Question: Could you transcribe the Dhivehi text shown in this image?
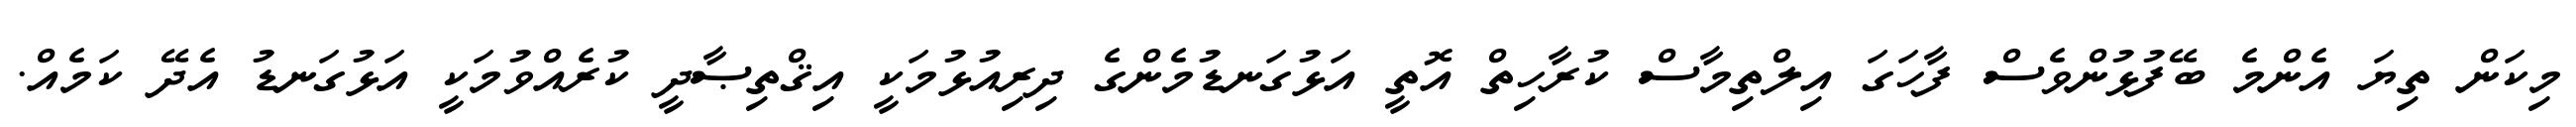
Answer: މިކަން ތިޔަ އެންމެ ބޭފުޅުންވެސް ފާހަގަ އިލްތިމާސް ކުރާހިތް އޮތީ އަޅުގަނޑުމެންގެ ދިރިއުޅުމަކީ އިޤްތިޞާދީ ކުރެއްވުމަކީ އަޅުގަނޑު އެދޭ ކަމެއް.